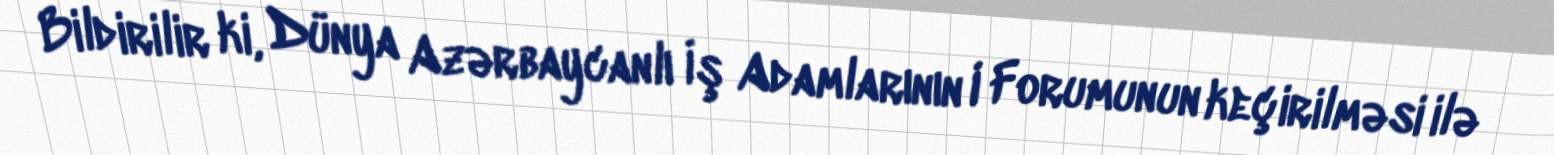
Bildirilir ki, Dünya Azərbaycanlı İş Adamlarının I Forumunun keçirilməsi ilə